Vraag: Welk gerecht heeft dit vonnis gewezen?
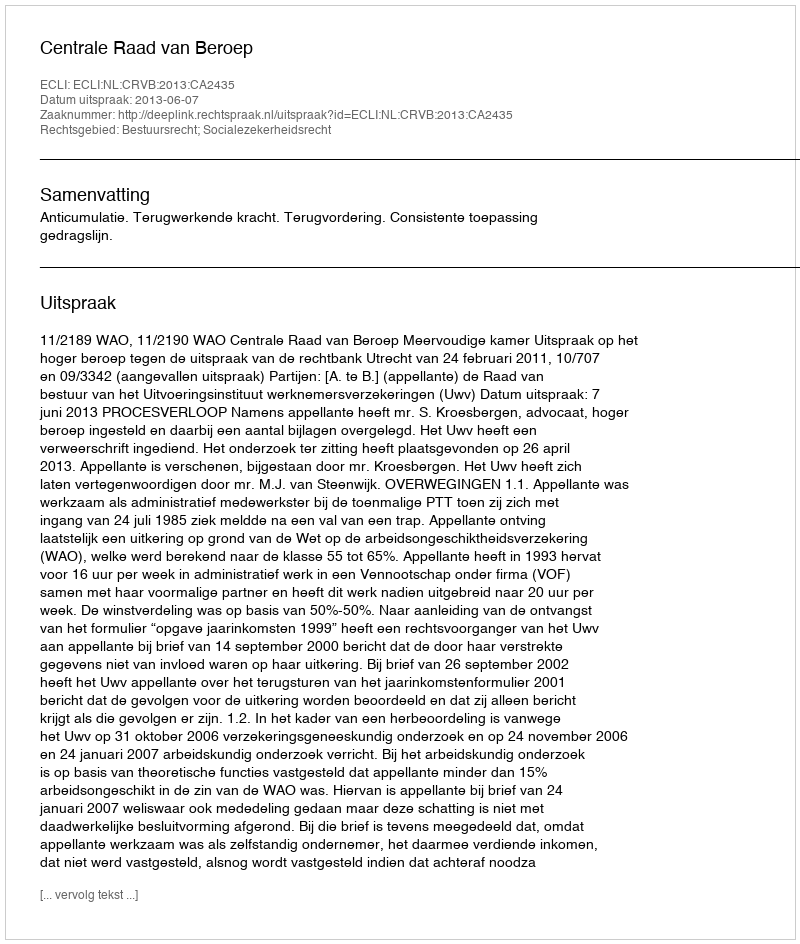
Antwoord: Centrale Raad van Beroep